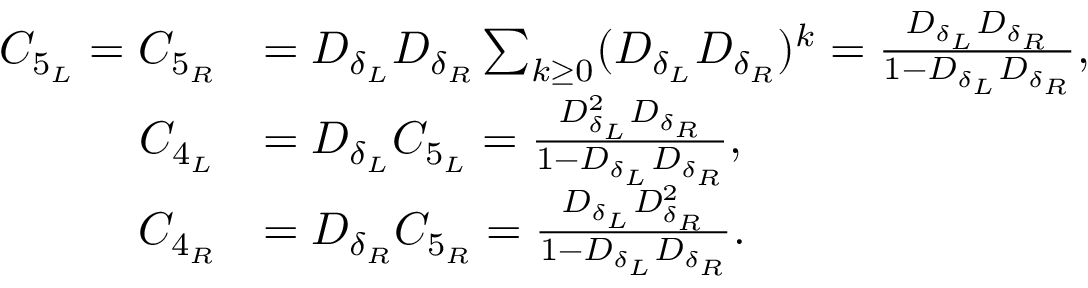
\begin{array} { r l } { C _ { 5 _ { L } } = C _ { 5 _ { R } } } & { = D _ { \delta _ { L } } D _ { \delta _ { R } } \sum _ { k \geq 0 } ( D _ { \delta _ { L } } D _ { \delta _ { R } } ) ^ { k } = \frac { D _ { \delta _ { L } } D _ { \delta _ { R } } } { 1 - D _ { \delta _ { L } } D _ { \delta _ { R } } } \mathrm { , } } \\ { C _ { 4 _ { L } } } & { = D _ { \delta _ { L } } C _ { 5 _ { L } } = \frac { D _ { \delta _ { L } } ^ { 2 } D _ { \delta _ { R } } } { 1 - D _ { \delta _ { L } } D _ { \delta _ { R } } } \mathrm { , } } \\ { C _ { 4 _ { R } } } & { = D _ { \delta _ { R } } C _ { 5 _ { R } } = \frac { D _ { \delta _ { L } } D _ { \delta _ { R } } ^ { 2 } } { 1 - D _ { \delta _ { L } } D _ { \delta _ { R } } } \mathrm { . } } \end{array}